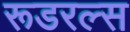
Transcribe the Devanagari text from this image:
रूडरल्स